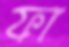
ফা